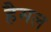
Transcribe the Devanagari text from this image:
हैमल